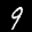
Label: 9